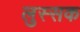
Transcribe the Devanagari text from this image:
लुस्सक